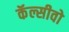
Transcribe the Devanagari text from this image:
कॅल्सीवो